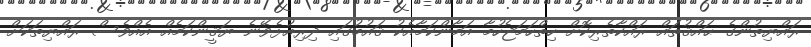
ރައްޔިތުންގެ ޙައްޤުތައް ރައްކާތެރިކޮށް ހިތްހަމަޖެހުމާ އަމާންކަމާއެކު ޤައުމުގައި ދިރިއުޅެވޭނެ ޔަޤީންކަމެއް އެއްވެސް ރައްޔިތަކަށް